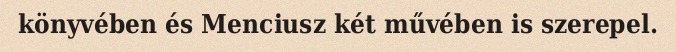
könyvében és Menciusz két művében is szerepel.